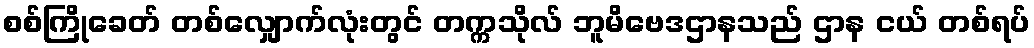
စစ်ကြိုခေတ် တစ်လျှောက်လုံးတွင် တက္ကသိုလ် ဘူမိဗေဒဌာနသည် ဌာန ငယ် တစ်ရပ်